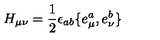
H _ { \mu \nu } = \frac 1 2 \epsilon _ { a b } \{ e _ { \mu } ^ { a } , e _ { \nu } ^ { b } \}